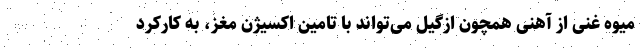
میوه غنی از آهنی همچون ازگیل می‌تواند با تامین اکسیژن مغز، به کارکرد